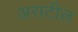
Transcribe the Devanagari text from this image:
असटील